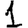
Digit: 1